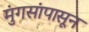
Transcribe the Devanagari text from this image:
मुंगसांपासून